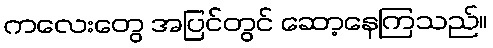
ကလေးတွေ အပြင်တွင် ဆော့နေကြသည်။